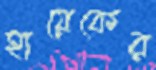
হায়েকের